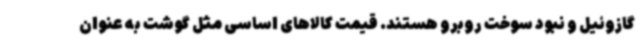
گازوئیل و نبود سوخت روبرو هستند. قیمت کالاهای اساسی مثل گوشت به عنوان